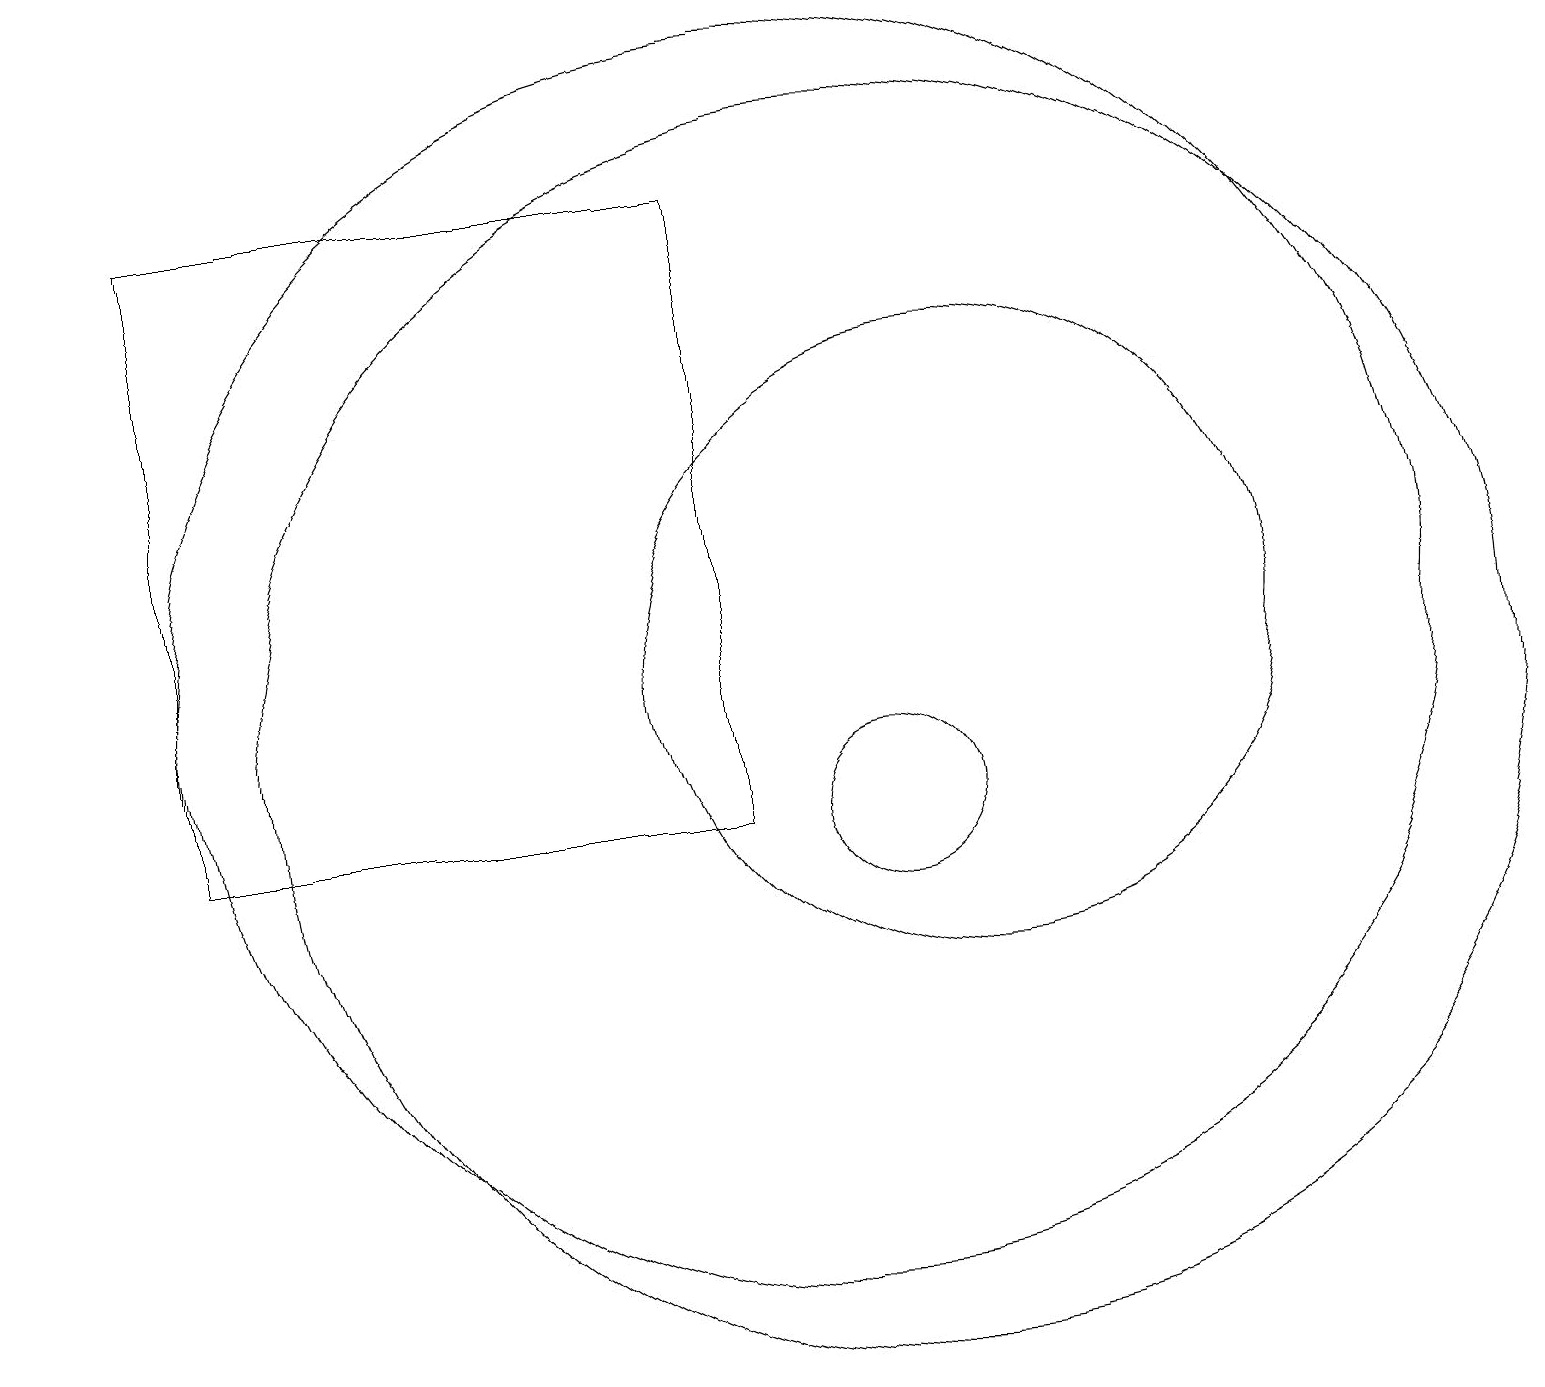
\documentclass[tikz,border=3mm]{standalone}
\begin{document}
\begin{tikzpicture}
\draw (10,12) circle (8);
\draw (0,16) rectangle (0,17);
\draw (11,11) circle (8);
\draw (11,10) circle (1);
\draw (12,12) circle (4);
\draw (2,18) rectangle (9,10);
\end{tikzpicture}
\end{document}